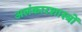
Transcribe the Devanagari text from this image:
अलंकारशास्त्रों